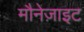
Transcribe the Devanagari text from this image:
मौनेज़ाइट